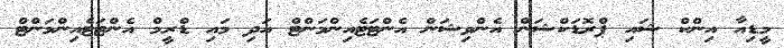
މީޑިއާ އިންކް ޝައި ޕްރޮޑަކްޝަން އެންވިޝަން އެންޓަޓެއިންމަންޓް އަދި މައި ޑްރީމް އެންޓަޓެއިންމަންޓް